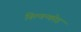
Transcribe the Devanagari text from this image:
विल्वन्कोड